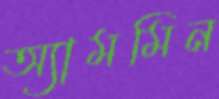
অ্যামমিন